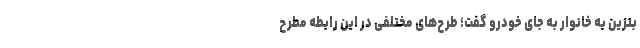
بنزین به خانوار به جای خودرو گفت؛ طرح‌های مختلفی در این رابطه مطرح